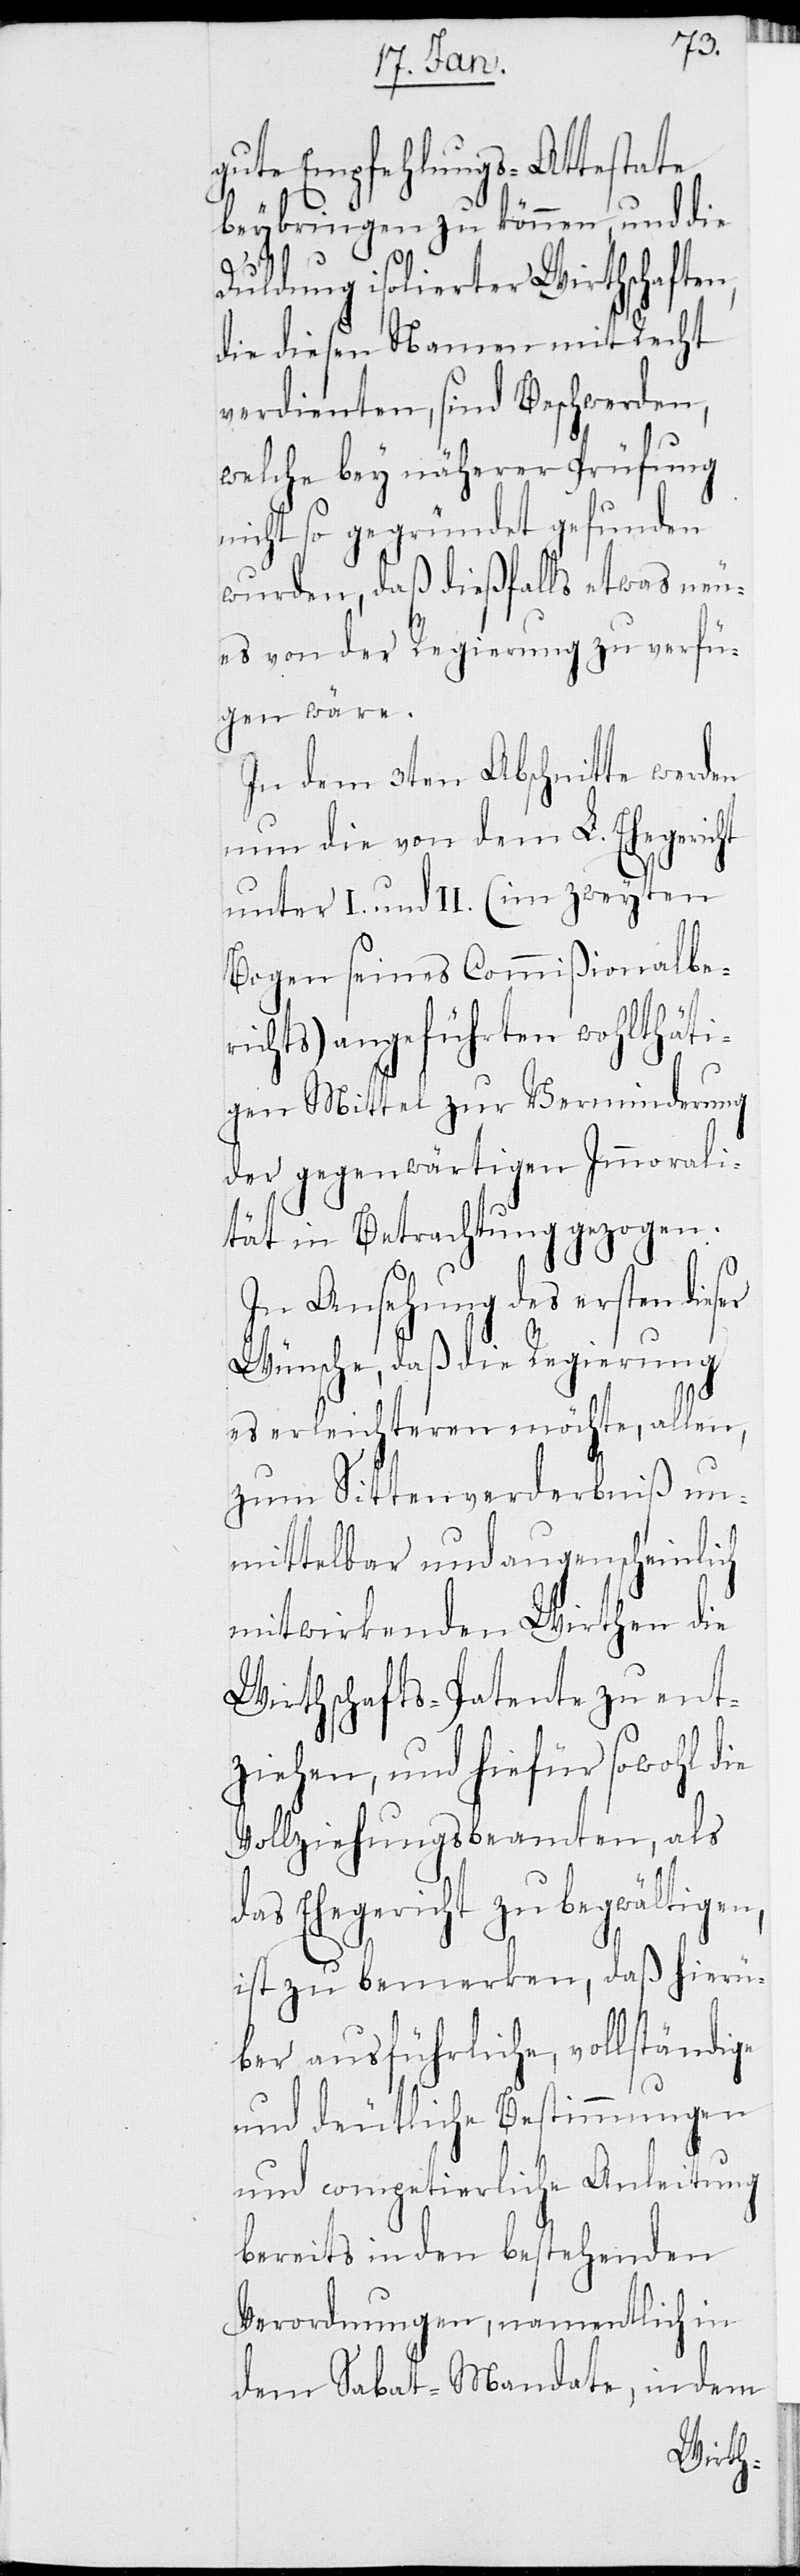
gute Empfehlungs-Attestate
er
beybringen zu können, und die
Duldung isolierter Wirthschafte¬
die diesen Namen mit Recht
verdienten, sind Beschwerden,
welche bey näherer Prüfung
nicht so gegründet gefunden
wurden, daß dießfalls etwas neu¬
es von der Regierung zu verfü¬
gen wäre.
In dem 3ten Abschnitt werden
nun die von dem L. Ehegericht
unter I. und II. (im zweyten
Bogen seines Commißionalbe¬
richts) angeführten wohlthäti¬
gen Mittel zur Verminderung
der gegenwärtigen Immorali¬
tät in Betrachtung gezogen.
In Ansehung des ersten dies¬
Wünsche, daß die Regierung
es erleichteren möchte, allen,
zum Sittenverderbniß un¬
mittelbar und augenscheinlich
mitwirkenden Wirthen die
Wirthschafts-Patente zu ent¬
ziehen, und hiefür sowohl die
Vollziehungsbeamten, als
das Ehegericht zu begwältigen,
ist zu bemerken, daß hierü¬
ber ausführliche, vollständige
und deutliche Bestimmungen
und competierliche Anleitung
bereits in den bestehenden
Verordnungen, namentlich in
dem Sabat-Mandate, in dem